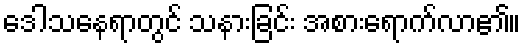
ဒေါသနေရာတွင် သနားခြင်း အစားရောက်လာ၏။